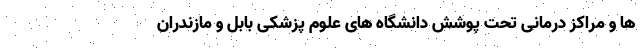
ها و مراکز درمانی تحت پوشش دانشگاه های علوم پزشکی بابل و مازندران